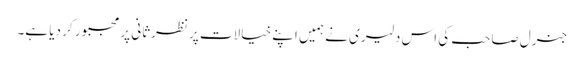
جنرل صاحب کی اس دلیری نے ہمیں اپنے خیالات پر نظرثانی پر مجبور کر دیا ہے۔